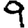
Digit: 9